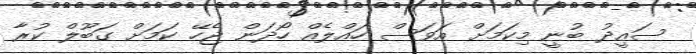
ސައީދު ބުނީ މިކަމަށް އަވަސް ހައްލެއް ހޯދަން ޖެހޭ ކަމަށް ގަބޫލް ކުރާ